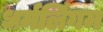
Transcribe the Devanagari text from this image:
धर्मलिंगम